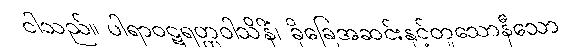
ငါသည်။ ပါရာဝဋရတ္တဝါသိနိံ၊ ခိုခြေအဆင်းနှင့်တူသောနီသော